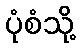
ပုံစံသို့